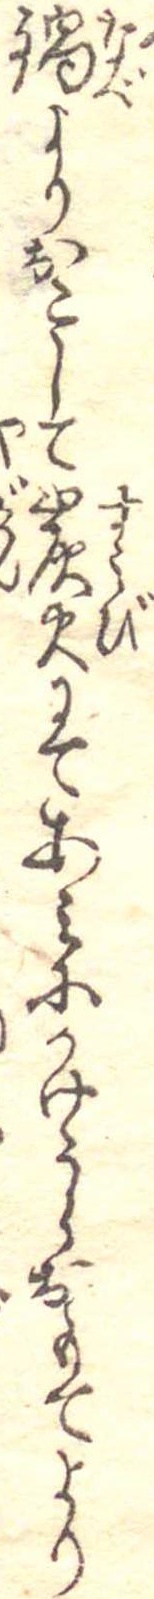
鍋よりおこして炭火にてあみにかけうらおもてより